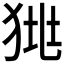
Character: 𤞯